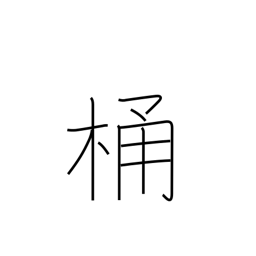
Meaning: bucket